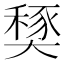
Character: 𡙾